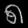
Digit: ၈